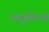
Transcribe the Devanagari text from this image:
प्रवृत्तींमध्ये